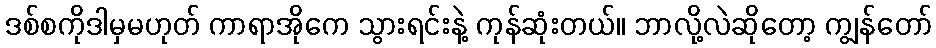
ဒစ်စကိုဒါမှမဟုတ် ကာရာအိုကေ သွားရင်းနဲ့ ကုန်ဆုံးတယ်။ ဘာလို့လဲဆိုတော့ ကျွန်တော်